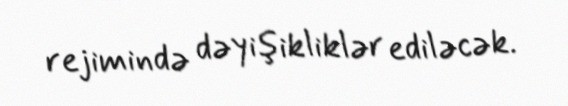
rejimində dəyişikliklər ediləcək.